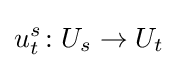
u_{t}^{s}\colon U_{s}\to U_{t}